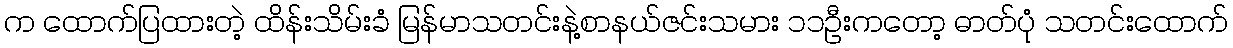
က ထောက်ပြထားတဲ့ ထိန်းသိမ်းခံ မြန်မာသတင်းနဲ့စာနယ်ဇင်းသမား ၁၁ဦးကတော့ ဓာတ်ပုံ သတင်းထောက်